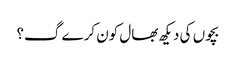
بچوں کی دیکھ بھال کون کرے گ؟